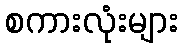
စကားလုံးများ